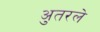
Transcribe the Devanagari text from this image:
अुतरले